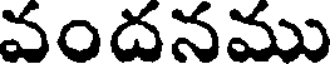
వందనము